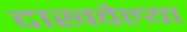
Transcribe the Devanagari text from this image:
दाखवेल्या